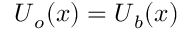
\boldsymbol { U } _ { o } ( \boldsymbol { x } ) = \boldsymbol { U } _ { b } ( \boldsymbol { x } )